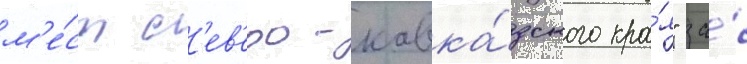
м'е́ст с'ев'еро-кавка́зского кра́я" за́